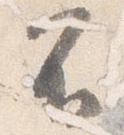
不